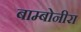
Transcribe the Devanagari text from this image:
बाम्बोनीरा